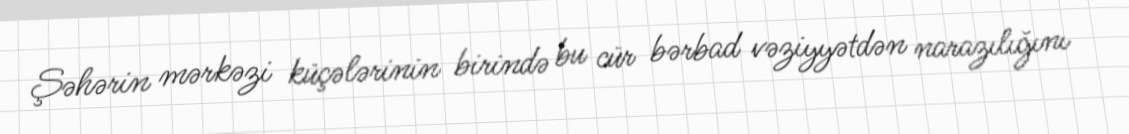
Şəhərin mərkəzi küçələrinin birində bu cür bərbad vəziyyətdən narazılığını